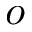
o